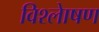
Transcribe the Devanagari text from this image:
विश्लेाषण